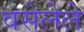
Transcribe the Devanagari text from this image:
वसेलेले